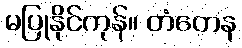
မပြုနိုင်ကုန်။ တံတေန